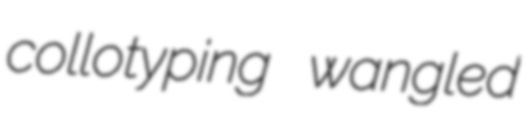
collotyping wangled